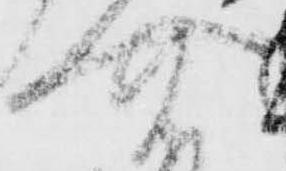
介